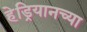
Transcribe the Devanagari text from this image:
हेड्रियानच्या